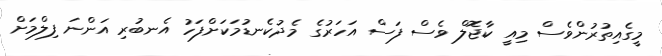
މީގެއިތުރުންވެސް މިއީ ކާޖޮލް ވެސް ފަސް އަހަރުގެ މެދުކެނޑުމަކަށްފަހު އެނބުރި އަންނަ ފިލްމަށް